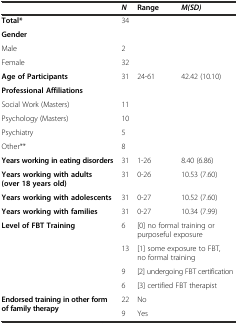
<table><thead><tr><td></td><td><b><i>N</i></b></td><td><b>Range</b></td><td><b><i>M(SD)</i></b></td></tr></thead><tbody><tr><td><b>Total*</b></td><td>34</td><td></td><td></td></tr><tr><td><b>Gender</b></td><td></td><td></td><td></td></tr><tr><td>Male</td><td>2</td><td></td><td></td></tr><tr><td>Female</td><td>32</td><td></td><td></td></tr><tr><td><b>Age of Participants</b></td><td>31</td><td>24-61</td><td>42.42 (10.10)</td></tr><tr><td><b>Professional Affiliations</b></td><td></td><td></td><td></td></tr><tr><td>Social Work (Masters)</td><td>11</td><td></td><td></td></tr><tr><td>Psychology (Masters)</td><td>10</td><td></td><td></td></tr><tr><td>Psychiatry</td><td>5</td><td></td><td></td></tr><tr><td>Other**</td><td>8</td><td></td><td></td></tr><tr><td><b>Years working in eating disorders</b></td><td>31</td><td>1-26</td><td>8.40 (6.86)</td></tr><tr><td><b>Years working with adults (over 18 years old)</b></td><td>31</td><td>0-26</td><td>10.53 (7.60)</td></tr><tr><td><b>Years working with adolescents</b></td><td>31</td><td>0-27</td><td>10.52 (7.60)</td></tr><tr><td><b>Years working with families</b></td><td>31</td><td>0-27</td><td>10.34 (7.99)</td></tr><tr><td rowspan="4"><b>Level of FBT Training</b></td><td>6</td><td colspan="2">[0] no formal training or purposeful exposure</td></tr><tr><td>13</td><td colspan="2">[1] some exposure to FBT, no formal training</td></tr><tr><td>9</td><td colspan="2">[2] undergoing FBT certification</td></tr><tr><td>6</td><td colspan="2">[3] certified FBT therapist</td></tr><tr><td rowspan="2"><b>Endorsed training in other form of family therapy</b></td><td>22</td><td colspan="2">No</td></tr><tr><td>9</td><td colspan="2">Yes</td></tr></tbody></table>